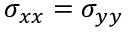
\sigma _ { x x } = \sigma _ { y y }